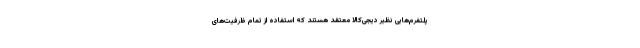
پلتفرم‌هایی نظیر دیجی‌کالا معتقد هستند که استفاده از تمام ظرفیت‌های